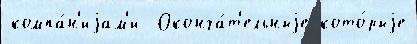
компа́н'иjам'и  Оконча́т'ельныjе кото́рыjе